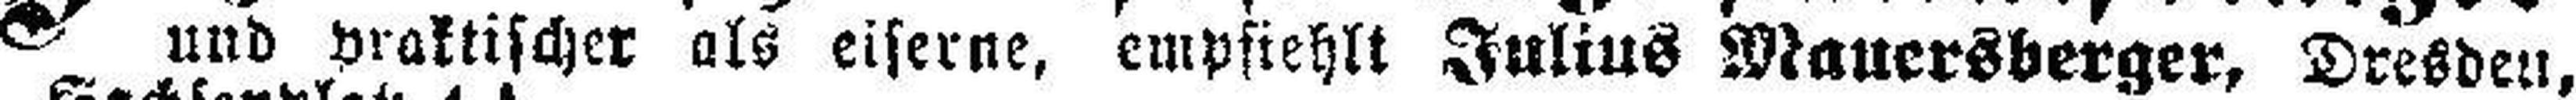
und praktischer als eiserne, empfiehlt Julius Mauersberger, Dresden,